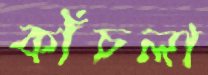
কাঁচলা